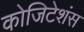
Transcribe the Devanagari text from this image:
कोजिटेशंस